Indian journal of veterinary science and animal husbandry - Volumes 15-17, 1948-1951
Year: 1948
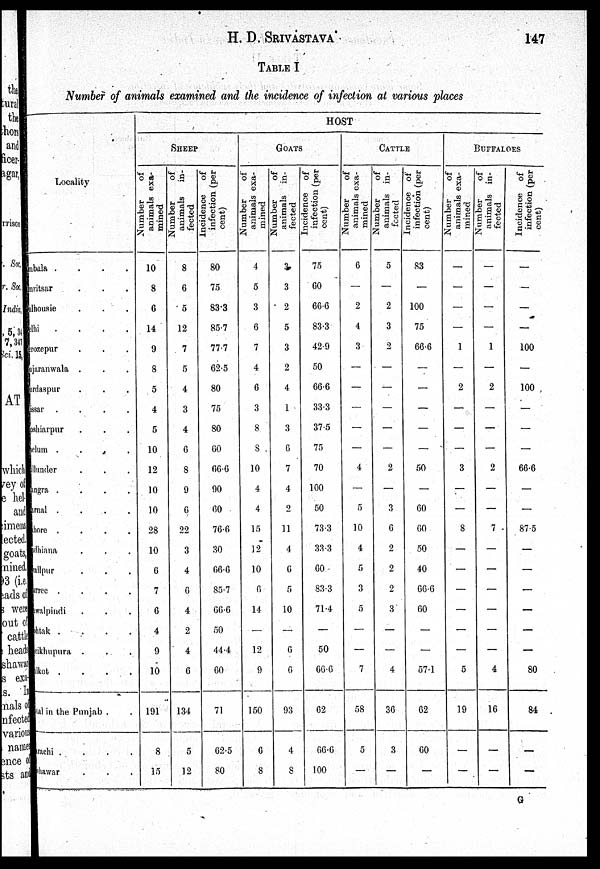
H. D.
SRIVASTAVA
147
TABLE I
Number of animals examined and the incidence of infection at various places
Locality
Ambala .
.
.
.
Amritsar . . .
Dalhousie
.
.
.
Delhi .
.
.
.
Ferozepur . . .
Gujaranwala . . .
Gurdaspur . . .
Hissar . . . .
Hoshiarpur . . .
Jhelum .
.
.
.
Jullunder . . .
Kangra .
.
.
.
Karnal . . . .
Lahore .
.
.
.
Ludhiana . . .
Lyallpur
.
.
.
urree . . . .
Rawalpindi . . .
Rohtak .
.
.
.
eikhupura . . .
Sailkot .
.
.
.
Total in the Punjab . .
Karachi .
.
.
.
Peshawar . . .
HOST
SHEEP
Number
of
animals exa¬
mined
10
8
6
14
9
8
5
4
5
10
12
10
10
28
10
8
7
6
4
9
10
191
8
15
Number
of
animals
in-
fected
8
6
5
12
7
5
4
3
4
6
8
9
6
22
3
4
6
4
2
4
6
134
5
12
Incidence
of
infection (per
cent)
80
75
83.3
85.7
77.7
62.5
80
75
80
60
66.6
90
60
76.6
30
66.6
85.7
66.6
50
44.4
60
71
62.5
80
GOATS
Number
of
animals exa-
4
5
3
6
7
4
8
3
8
8
10
4
4
15
12
10
6
14
—
12
9
150
6
8
Number
of
animals in-
fected
3
3
2
5
3
2
4
1
3
6
7
4
2
11
4
6
5
10
—
6
6
96
4
8
Incidence of
infection (per
cent)
75
60
66.6
83.3
42.9
50
66.6
33.3
37.5
75
70
100
50
73.3
33.3
60
83.3
71.4
—
50
66.6
62
66.6
100
CATTLE
Number
of
animals exa-
mined
6
—
2
4
3
—
—
—
—
—
4
—
5
10
4
5
3
5
—
—
7
58
5
—
Number
of
animals in-
fected
5
—
2
3
2
—
—
—
—
—
2
—
3
6
2
2
2
3
—
—
4
36
3
—
Incidence of
infection (per
cent)
83
—
100
75
66.6
—
—
—
—
—
50
—
60
60
50
40
66.6
60
—
—
57.1
62
60
—
BUFFALOES
Number
of
animals exa-
mined
—
—
—
—
1
—
2
—
—
—
3
—
—
8
—
—
—
—
—
—
5
19
—
—
Number
of
animals in-
fected
—
—
—
—
1
—
2
—
—
—
2
—
—
7
—
—
—
—
—
—
4
16
—
—
Incidence
of
infection (per
cent)
—
—
—
—
100
—
100
—
—
—
66.6
—
—
87.5
—
—
—
—
—
—
80
84
—
—
G